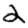
Digit: 2